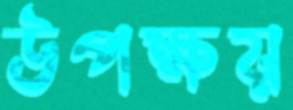
উপক্ষয়